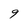
Character: 9